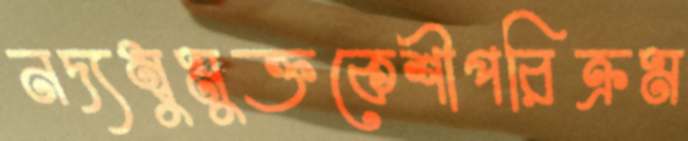
নদ্যম্বুমুক্তকেশীপরিক্রম